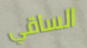
الساقي